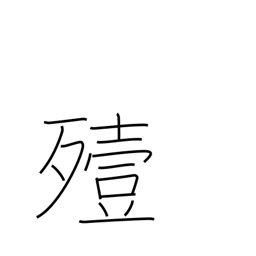
Meaning: bury